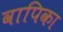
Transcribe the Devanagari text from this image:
वापिका